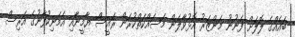
ބައެއްގެ ލޮލަށް ފެނުނު މަންޒަރު އޮޅުވާލަން މަސައްކަތްކުރަން ރައީސް ޔާމީނާއި އެމަނިކުފާނުގެ އަރިސް